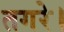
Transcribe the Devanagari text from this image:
तगरे।